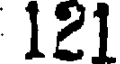
121